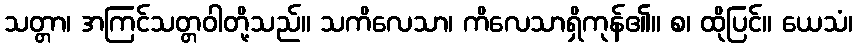
သတ္တာ၊ အကြင်သတ္တဝါတို့သည်။ သကိလေသာ၊ ကိလေသာရှိကုန်၏။ စ၊ ထိုပြင်။ ယေသံ၊